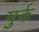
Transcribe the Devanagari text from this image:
मुर्क